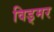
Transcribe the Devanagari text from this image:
विड्मर